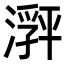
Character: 𬈽